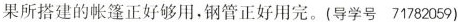
果所搭建的帐篷正好够用，钢管正好用完。(导学号 71782059)